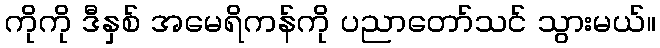
ကိုကို ဒီနှစ် အမေရိကန်ကို ပညာတော်သင် သွားမယ်။